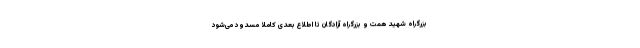
بزرگراه شهید همت و بزرگراه آزادگان تا اطلاع بعدی کاملاً مسدود می‌شود